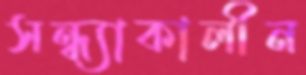
সন্ধ্যাকালীন